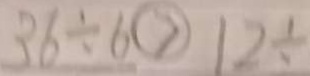
3 6 \div 6 > 1 2 \div